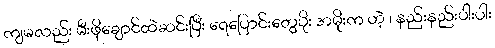
ကျမလည်း မီးဖိုချောင်ထဲဆင်းပြီး ရေပြောင်းတွေပိုး အမိုးက ဟဲ့ ၊ နည်းနည်းပါးပါး